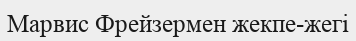
Марвис Фрейзермен жекпе-жегі